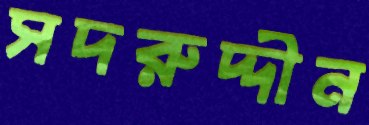
সদরুদ্দীন